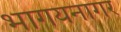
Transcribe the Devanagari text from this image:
भागयनागर